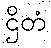
ဌိတံ